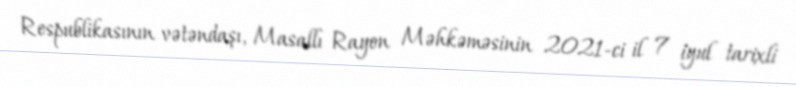
Respublikasının vətəndaşı, Masallı Rayon Məhkəməsinin 2021-ci il 7 iyul tarixli